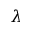
\boldsymbol { \lambda }